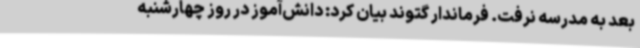
بعد به مدرسه نرفت. فرماندار گتوند بیان کرد: دانش‌آموز در روز چهارشنبه